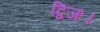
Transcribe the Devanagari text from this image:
द्विजः।